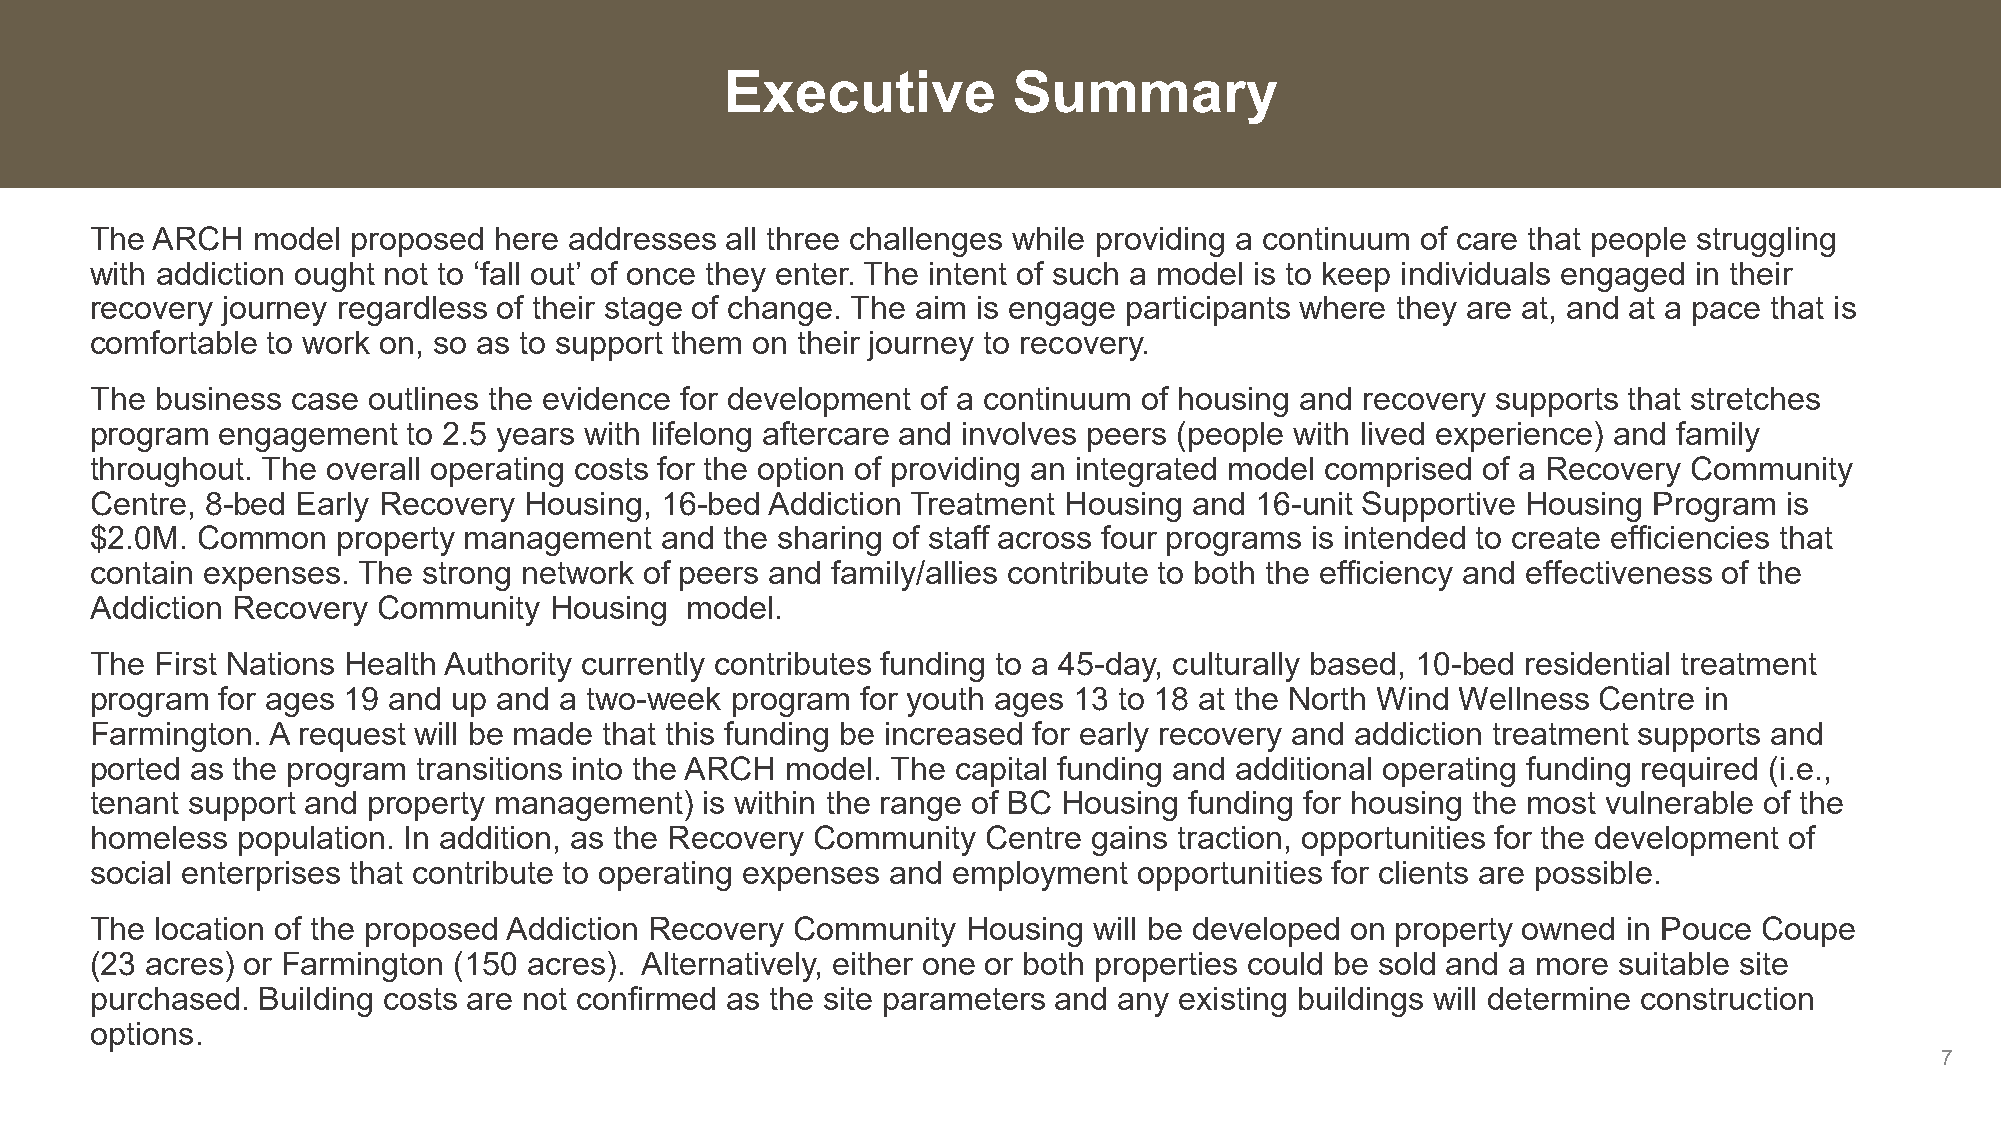
Executive          Summary
 The ARCH   model proposed  here addresses all three challenges while providing a continuum of care that people struggling
 with addiction ought not to ‘fall out’ of once they enter. The intent of such a model is to keep individuals engaged in their
 recovery journey regardless of their stage of change. The aim is engage participants where they are at, and at a pace that is
 comfortable to work on, so as to support them on their journey to recovery.
 The business case outlines the evidence for development of a continuum of housing and recovery supports that stretches
 program engagement   to 2.5 years with lifelong aftercare and involves peers (people with lived experience) and family
 throughout. The overall operating costs for the option of providing an integrated model comprised of a Recovery Community
 Centre, 8-bed Early Recovery Housing, 16-bed Addiction Treatment Housing and 16-unit Supportive Housing Program is
 $2.0M. Common   property management   and the sharing of staff across four programs is intended to create efficiencies that
 contain expenses. The strong network of peers and family/allies contribute to both the efficiency and effectiveness of the
 Addiction Recovery Community  Housing  model.
 The First Nations Health Authority currently contributes funding to a 45-day, culturally based, 10-bed residential treatment
 program for ages 19 and up and a two-week program  for youth ages 13 to 18 at the North Wind Wellness Centre in
 Farmington. A request will be made that this funding be increased for early recovery and addiction treatment supports and
 ported as the program transitions into the ARCH model. The capital funding and additional operating funding required (i.e.,
 tenant support and property management)  is within the range of BC Housing funding for housing the most vulnerable of the
 homeless  population. In addition, as the Recovery Community Centre gains traction, opportunities for the development of
 social enterprises that contribute to operating expenses and employment opportunities for clients are possible.
 The location of the proposed Addiction Recovery Community Housing will be developed on property owned in Pouce Coupe
 (23 acres) or Farmington (150 acres). Alternatively, either one or both properties could be sold and a more suitable site
 purchased. Building costs are not confirmed as the site parameters and any existing buildings will determine construction
 options.
 7